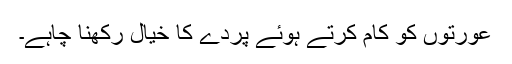
عورتوں کو کام کرتے ہوئے پردے کا خیال رکھنا چاہے۔